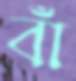
বাঁ